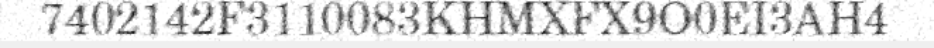
7402142F3110083KHMXFX9O0EI3AH4